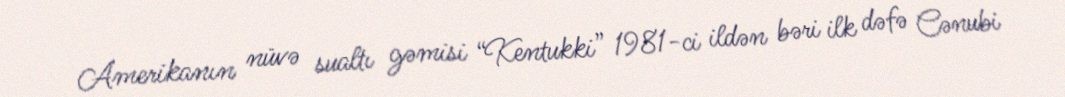
Amerikanın nüvə sualtı gəmisi “Kentukki” 1981-ci ildən bəri ilk dəfə Cənubi